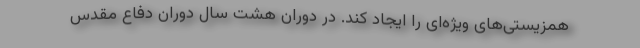
همزیستی‌های ویژه‌ای را ایجاد کند. در دوران هشت سال دوران دفاع مقدس